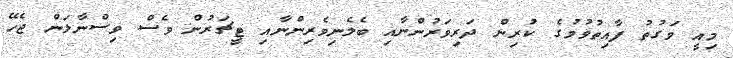
މިއީ ވަގުތު ފާއިތުވުމުގެ ކުރިން ދަރިވަރުންނާއި ބެލެނިވެރިންނާއި ޓީޗަރުން ވެސް ވިސްނާލަން ޖެހޭ